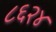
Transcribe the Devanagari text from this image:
८६२४